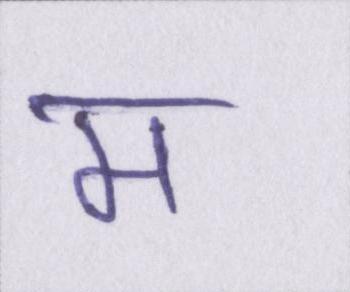
म